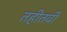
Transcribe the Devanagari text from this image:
तहीतवी